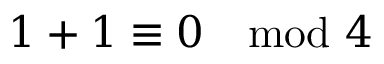
1 + 1 \equiv 0 \mod 4